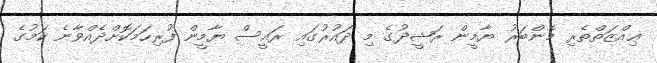
ޢިއްޒަތްތެރި މެންބަރު ޔާމީން ރަޝީދުގެ މި ދައުރުގައި ރައީސް ޔާމީން ފުރިހަމަކޮށްދެއްވާނެ ކަމުގެ